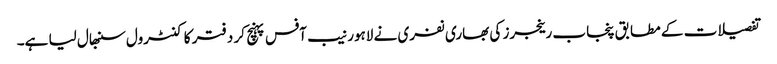
تفصیلات کے مطابق پنجاب رینجرز کی بھاری نفری نے لاہور نیب آفس پہنچ کر دفتر کا کنٹرول سنبھال لیا ہے۔